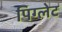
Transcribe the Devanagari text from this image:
पिग्लेट